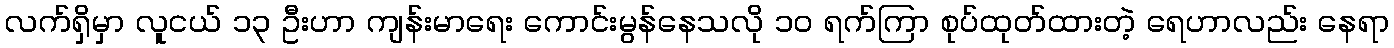
လက်ရှိမှာ လူငယ် ၁၃ ဦးဟာ ကျန်းမာရေး ကောင်းမွန်နေသလို ၁၀ ရက်ကြာ စုပ်ထုတ်ထားတဲ့ ရေဟာလည်း နေရာ